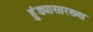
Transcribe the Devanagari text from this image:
हुंड्यासारख्या